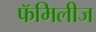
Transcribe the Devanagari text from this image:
फॅमिलीज